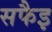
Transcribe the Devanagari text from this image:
सफैइ